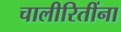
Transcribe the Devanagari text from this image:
चालीरितींना